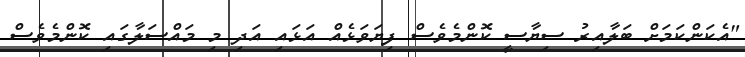
"އެކަންކަމަށް ބަލާއިރު ސިޔާސީ ކޮންމެވެސް ފިޔަވަޅެއް އަޅައި އަދި މި މައްސަލާގައި ކޮންމެވެސް